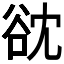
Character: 𮙌